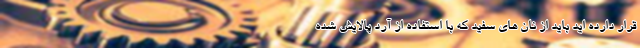
قرار دارده اید باید از نان های سفید که با استفاده از آرد پالایش شده